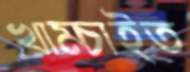
খাম্‌চাইত